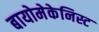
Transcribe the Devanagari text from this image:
बायोमेकेनिस्ट